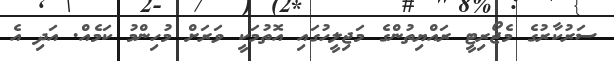
ސަރުކާރުގެ މެޖޯރިޓީ ރައްޔިތުންގެ މަޖިލީހުގައި އޮތުމަކީ ވަރަށް މުހިންމު ކަމެއް. އަދި އެ